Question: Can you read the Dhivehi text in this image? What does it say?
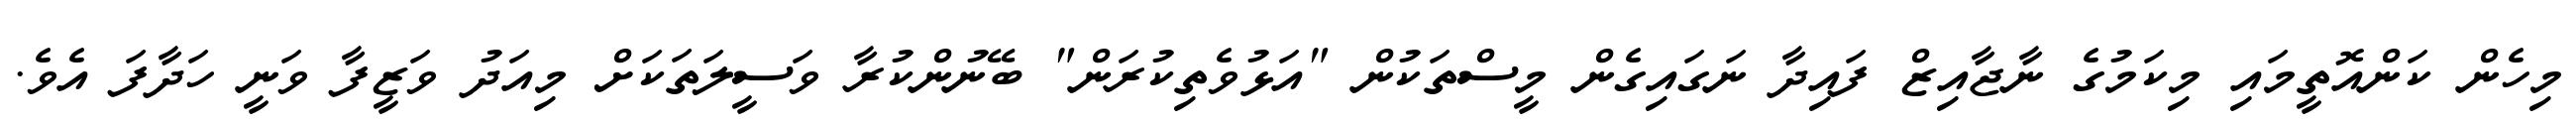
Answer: މިހެން ކަންއޮތީމައި މިކަމުގެ ނާޖާއިޒް ފައިދާ ނަގައިގެން މީސްތަކުން "އަޅުވެތިކުރަން" ބޭނުންކުރާ ވަސީލަތަކަށް މިއަދު ވަޒީފާ ވަނީ ހަދާފަ އެވެ.